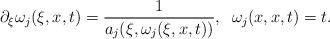
LaTeX: \begin{align*}\partial_\xi\omega_j(\xi,x,t)=\frac{1}{a_j(\xi,\omega_j(\xi,x,t))},\;\;\omega_j(x,x,t)=t.\end{align*}